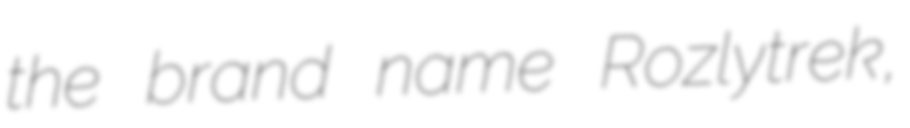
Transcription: the brand name Rozlytrek,